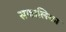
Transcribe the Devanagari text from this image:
सफालिका